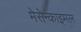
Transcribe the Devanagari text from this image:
मेसेन्काइमल